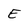
Character: E